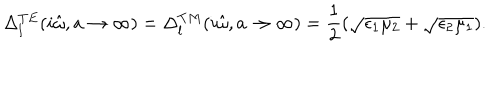
\Delta _ { l } ^ { T E } ( i \hat { \omega } , a \rightarrow \infty ) = \Delta _ { l } ^ { T M } ( i \hat { \omega } , a \rightarrow \infty ) = \frac { 1 } { 2 } ( \sqrt { \epsilon _ { 1 } \mu _ { 2 } } + \sqrt { \epsilon _ { 2 } \mu _ { 1 } } ) .